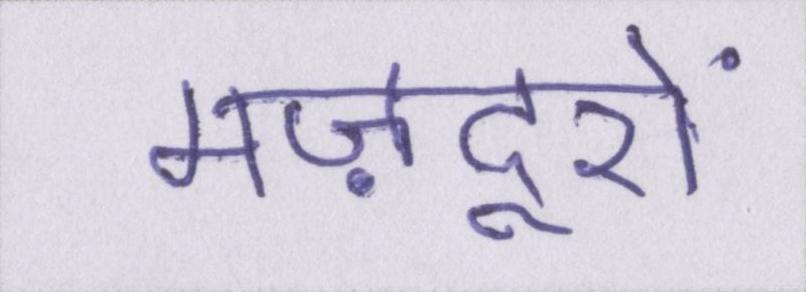
मज़दूरों